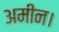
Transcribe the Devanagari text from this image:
अमीन।